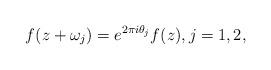
LaTeX: \begin{align*}f(z+\omega_{j})=e^{2\pi i\theta_{j}}f(z),j=1,2, \end{align*}